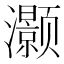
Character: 灏